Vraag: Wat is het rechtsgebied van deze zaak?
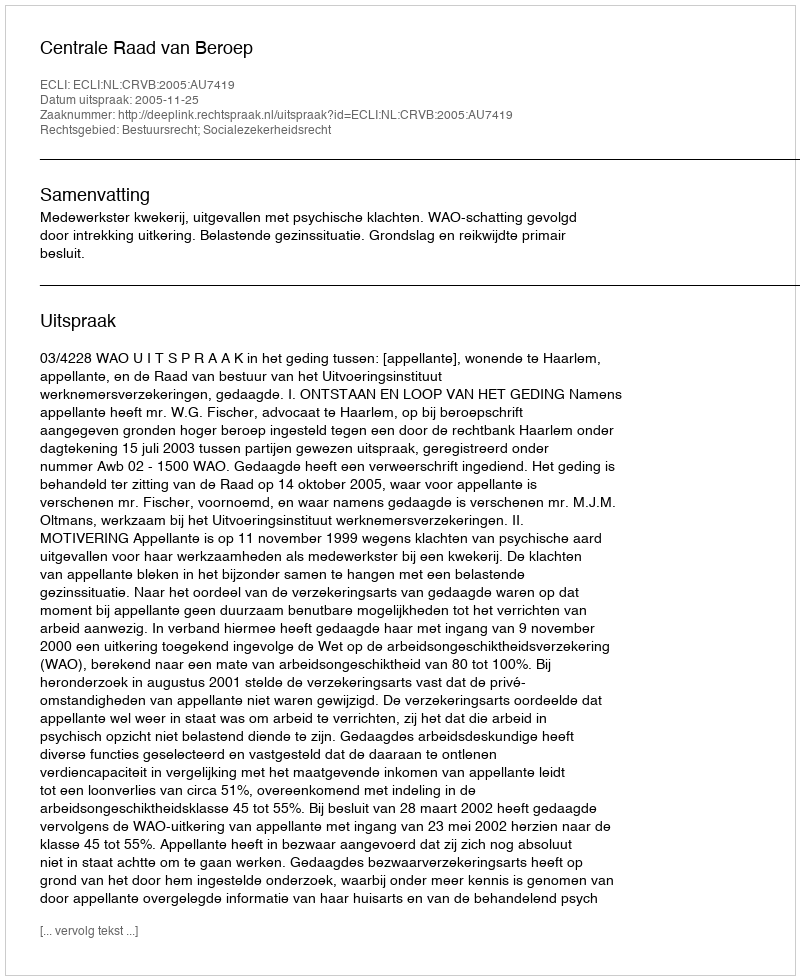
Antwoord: Bestuursrecht; Socialezekerheidsrecht